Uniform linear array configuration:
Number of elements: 64
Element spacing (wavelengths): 1
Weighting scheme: blackman
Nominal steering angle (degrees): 0
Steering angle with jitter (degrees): -1.401
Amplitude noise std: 0.05
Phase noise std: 0.05

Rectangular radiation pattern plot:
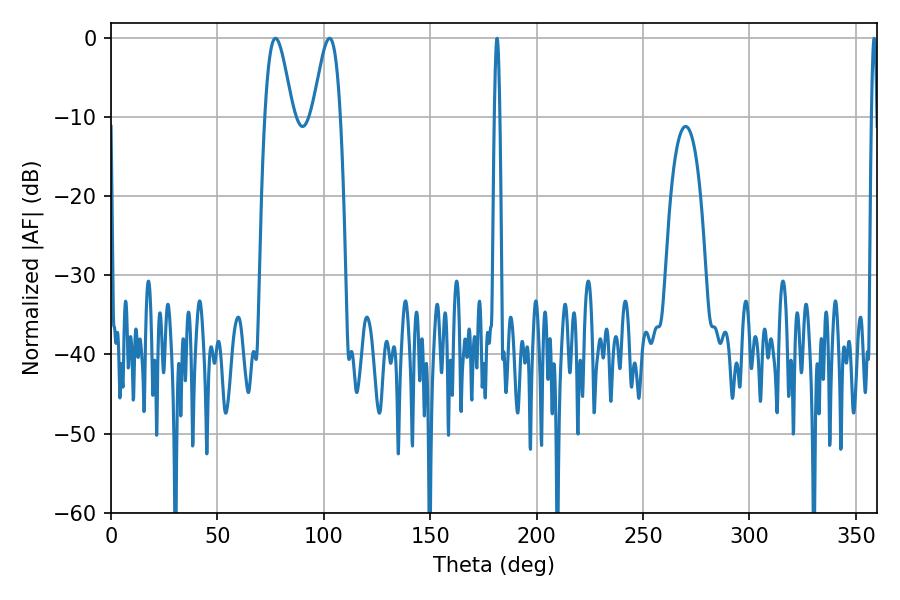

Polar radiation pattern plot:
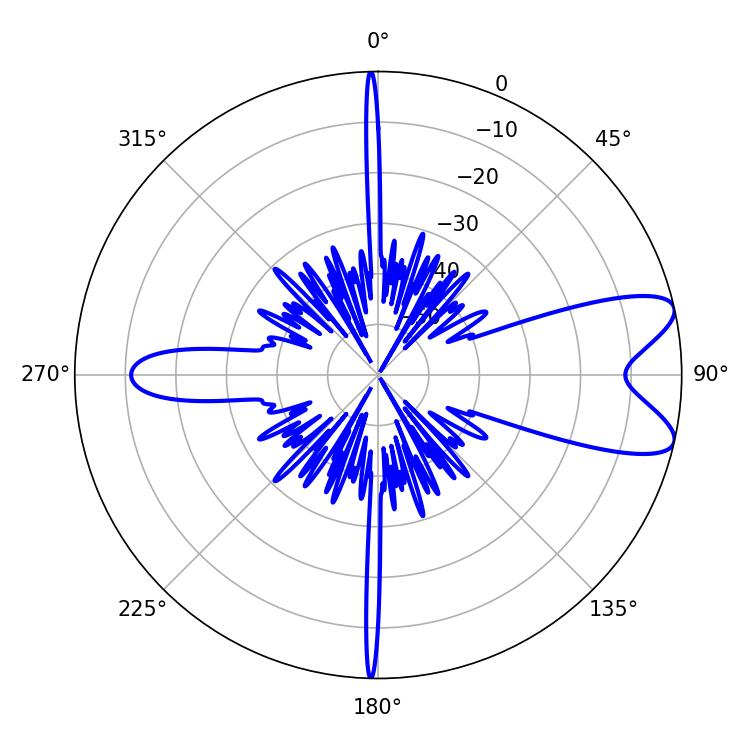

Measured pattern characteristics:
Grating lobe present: TRUE
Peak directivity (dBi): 8.888
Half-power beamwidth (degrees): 6.84
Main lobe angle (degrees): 77.22